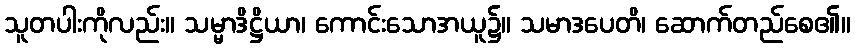
သူတပါးကိုလည်း။ သမ္မာဒိဋ္ဌိယာ၊ ကောင်းသောအယူ၌။ သမာဒပေတိ၊ ဆောက်တည်စေ၏။